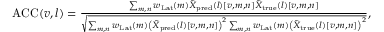
\begin{array} { r } { \mathrm { A C C } ( v , l ) = \frac { \sum _ { m , n } w _ { \mathrm { L a t } } ( m ) \tilde { { X } } _ { \mathrm { p r e d } } ( l ) \left[ v , m , n \right] \tilde { { X } } _ { \mathrm { t r u e } } ( l ) \left[ v , m , n \right] } { \sqrt { \sum _ { m , n } w _ { \mathrm { L a t } } ( m ) \left( \tilde { { X } } _ { \mathrm { p r e d } } ( l ) \left[ v , m , n \right] \right) ^ { 2 } \sum _ { m , n } w _ { \mathrm { L a t } } ( m ) \left( \tilde { { X } } _ { \mathrm { t r u e } } ( l ) \left[ v , m , n \right] \right) ^ { 2 } } } , } \end{array}